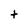
Character: t